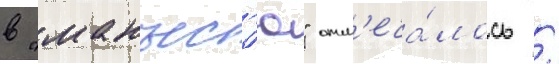
в "манъес'ю" отм'еча́лось /